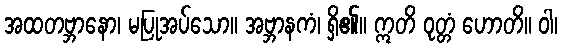
အထတဗ္ဘာနော၊ မပြုအပ်သော။ အဗ္ဘာနကံ၊ ရှိ၏။ ဣတိ ဝုတ္တံ ဟောတိ။ ဝါ၊